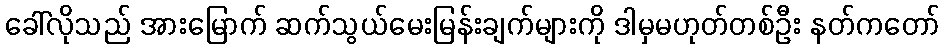
ခေါ်လိုသည် အားမြောက် ဆက်သွယ်မေးမြန်းချက်များကို ဒါမှမဟုတ်တစ်ဦး နတ်ကတော်